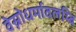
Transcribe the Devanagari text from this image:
वेस्नोधर्मावलम्बि